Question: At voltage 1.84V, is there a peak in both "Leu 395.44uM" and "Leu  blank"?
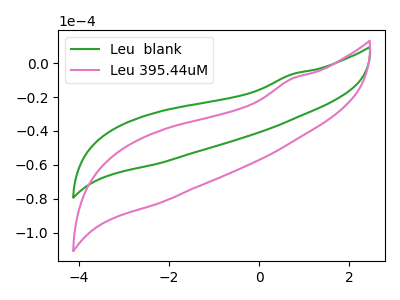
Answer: <think>The green curve "Leu  blank" has no peaks. The pink curve "Leu 395.44uM" has no peaks.</think>
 <answer>No, "Leu 395.44uM" and "Leu  blank" dont share a peak at 1.84V.</answer>
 <eval>mismatch</eval>